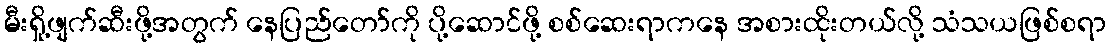
မီးရှို့ဖျက်ဆီးဖို့အတွက် နေပြည်တော်ကို ပို့ဆောင်ဖို့ စစ်ဆေးရာကနေ အစားထိုးတယ်လို့ သံသယဖြစ်စရာ